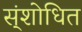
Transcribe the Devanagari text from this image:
स्ंशोधित